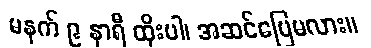
မနက် ၉ နာရီ ထိုးပါ၊ အဆင်ပြေမလား။